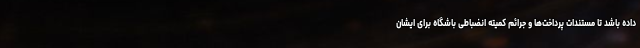
داده باشد تا مستندات پرداخت‌ها و جرائم کمیته انضباطی باشگاه برای ایشان